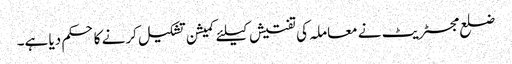
ضلع مجسٹریٹ نے معاملہ کی تفتیش کیلئے کمیشن تشکیل کرنے کا حکم دیا ہے۔